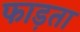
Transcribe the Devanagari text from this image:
फाड़ता